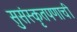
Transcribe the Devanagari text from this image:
सुसंस्कृतपणाची